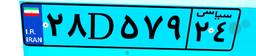
۵۹D۱۵۱۶۸